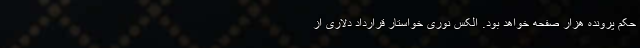
حکم پرونده هزار صفحه خواهد بود. الکس نوری خواستار قرارداد دلاری از